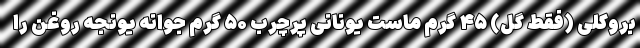
بروکلی (فقط گل) ۴۵ گرم ماست یونانی پرچرب ۵۰ گرم جوانه یونجه روغن را